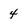
Character: 4